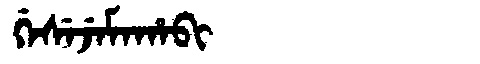
Manchu: ᡤᡝᠰᡝᠵᡝᠮᠠᡥᠠᠪᡳ
Romanization: GESEJEMAHABI